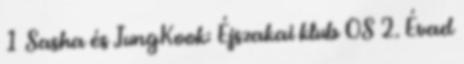
1 Sasha és JungKook: Éjszakai klub OS 2. Évad